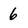
Character: 6